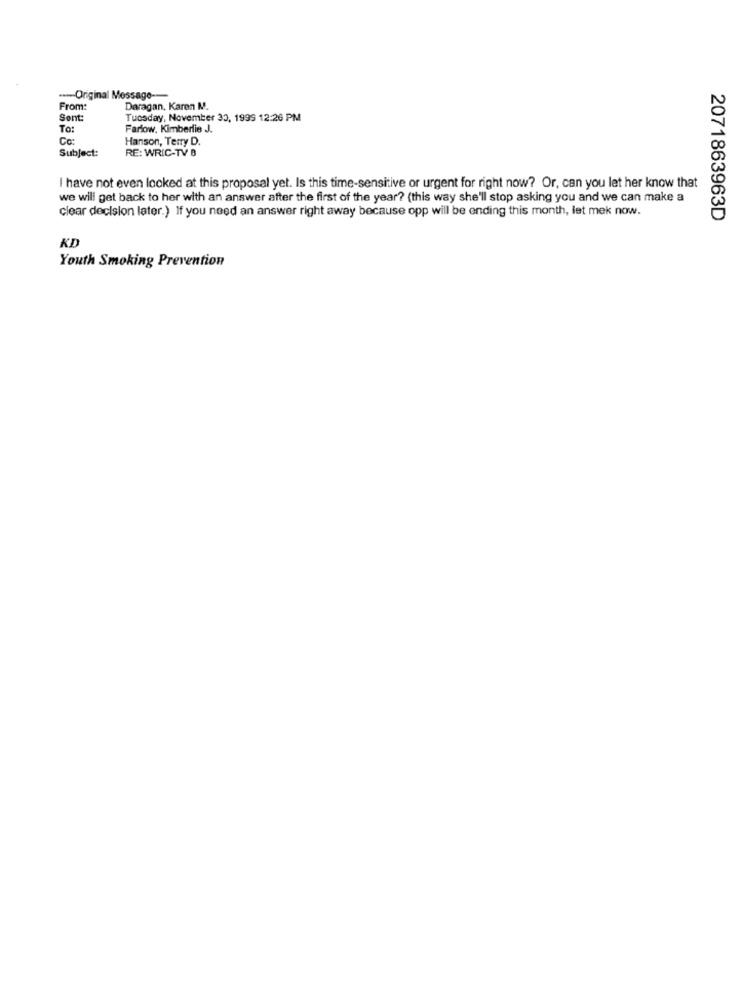
---- Original Message ----
From
Daragan, Karen M.
Sent:
Tuesday, November 30, 1999 12:26 PM
To:
Fariow. Kimberlie J.
Hanson, Terry D.
Subject:
RE: WRIC-TV B
I have not even looked at this proposal yet. Is this time-sensitive or urgent for right now? Or, can you let her know that
we will get back to her with an answer after the first of the year? (this way she'll stop asking you and we can make a
clear decision later.) If you need an answer right away because opp will be ending this month, let mek now.
2071863963D
KD
Youth Smoking Prevention